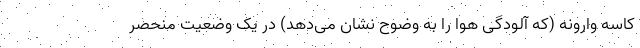
کاسه وارونه (که آلودگی هوا را به وضوح نشان می‌دهد) در یک وضعیت منحصر